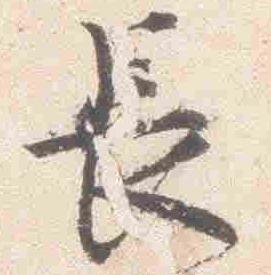
長